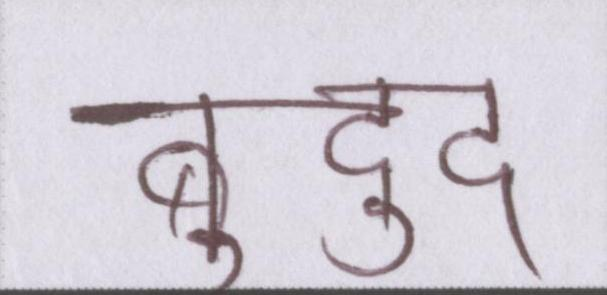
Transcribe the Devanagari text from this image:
बुद्दु